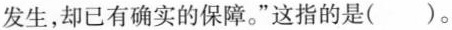
发生，却已有确实的保障。”这指的是（）。